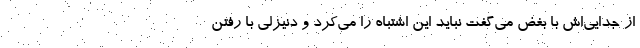
از جدایی‌اش با بغض می‌گفت نباید این اشتباه را می‌کرد و دنیزلی با رفتن